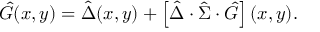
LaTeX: \hat { G } ( x , y ) = \hat { \Delta } ( x , y ) + \left[ \hat { \Delta } \cdot \hat { \Sigma } \cdot \hat { G } \right] ( x , y ) .